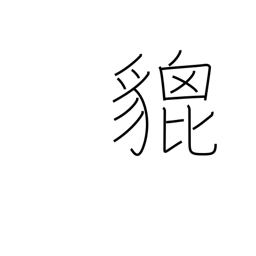
Meaning: brave heraldic beast